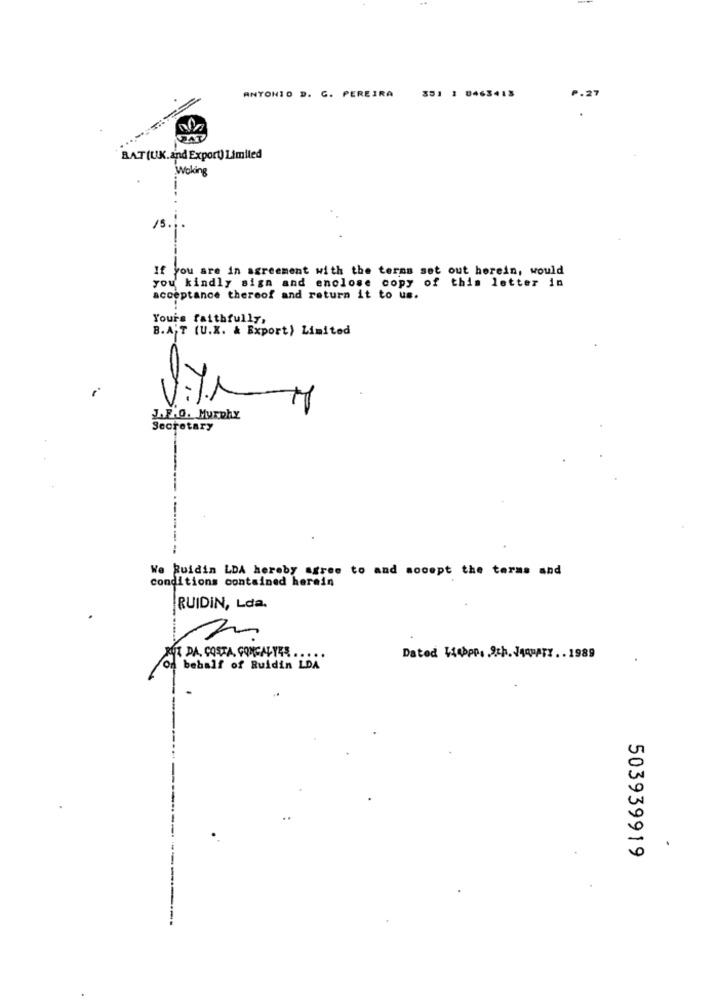
ANTONIO D. C. PEREIRA
351 1 0463413
P. 27
BAT(UK.and Export) Limited
Woking
If you are in agreement with the terms set out herein, would
you kindly sign and enclose copy of this letter in
acceptance thereof and return it to us.
Yours faithfully,
B.A'T (U.X. & Export) Limited
1.
J.F.O. Murphy
Secretary
We Ruidin LDA hereby agree to and socept the terms and
conditions contained herein
RUIDIN, Lda.
RUT DA, COSTA, GONCALYES .....
Dated 414>pp. Ich. JAqHATZ .. 1989
on behalf of Ruidin LDA
.
503939919